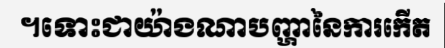
។ទោះជាយ៉ាងណាបញ្ហានៃការកើត